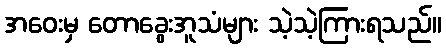
အဝေးမှ တောခွေးအူသံများ သဲ့သဲ့ကြားရသည်။